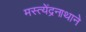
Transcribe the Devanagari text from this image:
मस्त्येंद्रनाथाने